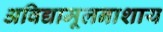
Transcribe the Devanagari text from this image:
अविद्यामूलनाशाय